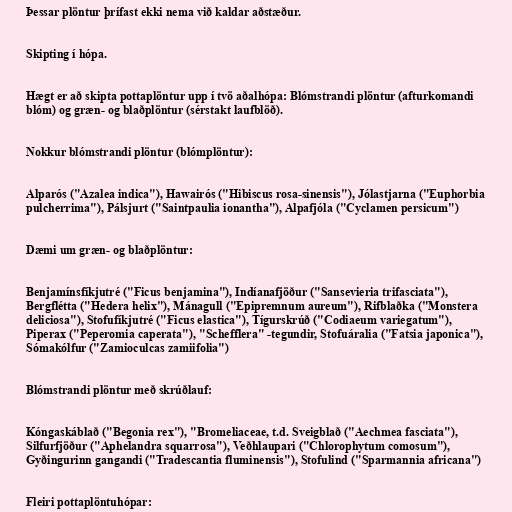
Þessar plöntur þrífast ekki nema við kaldar aðstæður.

Skipting í hópa.

Hægt er að skipta pottaplöntur upp í tvö aðalhópa: Blómstrandi plöntur (afturkomandi
blóm) og græn- og blaðplöntur (sérstakt laufblöð).

Nokkur blómstrandi plöntur (blómplöntur):

Alparós ("Azalea indica"), Hawairós ("Hibiscus rosa-sinensis"), Jólastjarna ("Euphorbia
pulcherrima"), Pálsjurt ("Saintpaulia ionantha"), Alpafjóla ("Cyclamen persicum")

Dæmi um græn- og blaðplöntur:

Benjamínsfíkjutré ("Ficus benjamina"), Indíanafjöður ("Sansevieria trifasciata"),
Bergflétta ("Hedera helix"), Mánagull ("Epipremnum aureum"), Rifblaðka ("Monstera
deliciosa"), Stofufíkjutré ("Ficus elastica"), Tígurskrúð ("Codiaeum variegatum"),
Piperax ("Peperomia caperata"), "Schefflera" -tegundir, Stofuáralia ("Fatsia japonica"),
Sómakólfur ("Zamioculcas zamiifolia")

Blómstrandi plöntur með skrúðlauf:

Kóngaskáblað ("Begonia rex"), "Bromeliaceae, t.d. Sveigblað ("Aechmea fasciata"),
Silfurfjöður ("Aphelandra squarrosa"), Veðhlaupari ("Chlorophytum comosum"),
Gyðingurinn gangandi ("Tradescantia fluminensis"), Stofulind ("Sparmannia africana")

Fleiri pottaplöntuhópar: